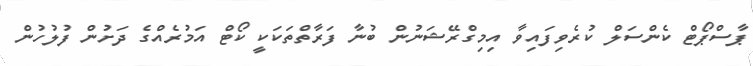
ޕާސްޕޯޓް ކެންސަލް ކުރެވިފައިވާ އިމިގްރޭޝަނުން ބުނާ ފަރާތްތަކަކީ ކޯޓް އަމުރެއްގެ ދަށުން ފުލުހުން